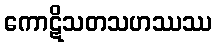
ကောဋိသတသဟဿဿ